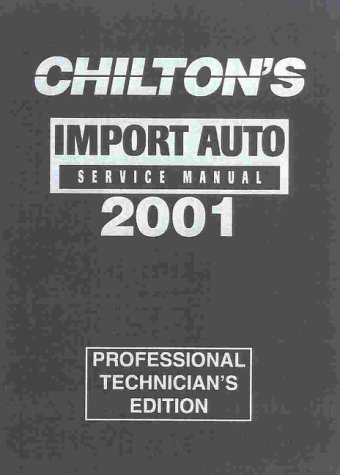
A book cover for Import Car Service Manual 1997-01 - Annual Edition (Chilton Service Manuals); Chilton; Engineering & Transportation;